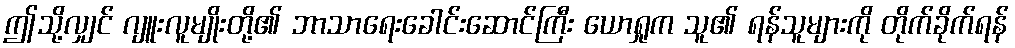
ဤသို့လျှင် ဂျူးလူမျိုးတို့၏ ဘာသာရေးခေါင်းဆောင်ကြီး ယောရှုက သူ၏ ရန်သူများကို တိုက်ခိုက်ရန်